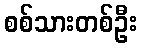
စစ်သားတစ်ဦး